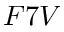
F 7 V